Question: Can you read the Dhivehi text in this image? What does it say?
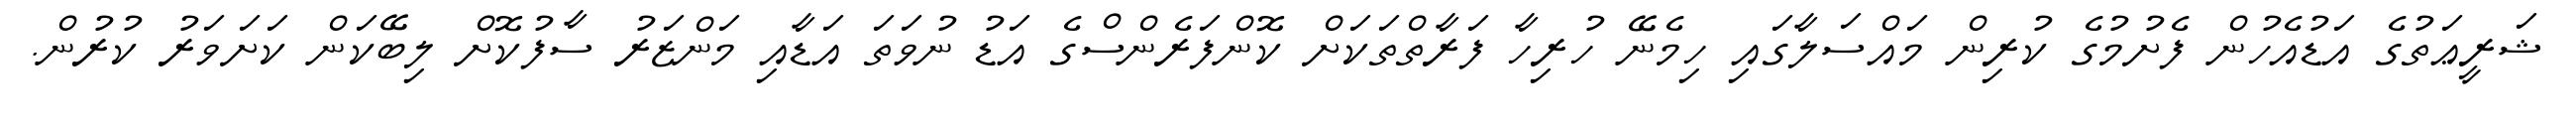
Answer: ޝަރީޢަތުގެ އަޑުއެހުން ފެށުމުގެ ކުރިން މައްސަލާގައި ހިމެނޭ ހުރިހާ ފަރާތްތަކަށް ކޮންފަރެންސްގެ އަޑު ނުވަތަ އަޑާއި މަންޒަރު ސާފުކޮށް ލިބޭކަން ކަށަވަރު ކުރުން.